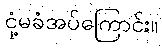
ငုံ့မခံအပ်ကြောင်း။